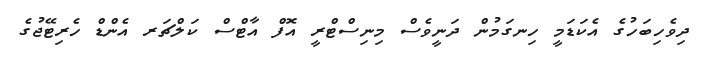
ދިވެހިބަހުގެ އެކަޑަމީ ހިނގަމުން ދަނީވެސްް މިނިސްޓްރީ އޮފް އާޓްސް ކަލްޗަރ އެންޑް ހެރިޓޭޖުގެ